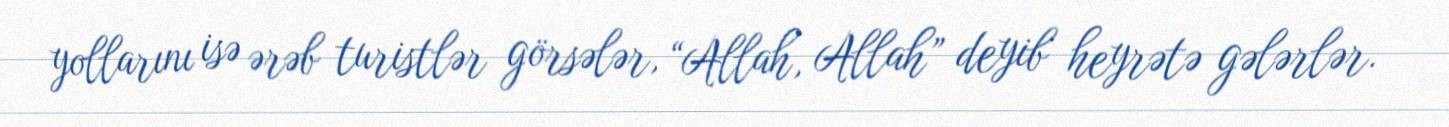
yollarını isə ərəb turistlər görsələr, “Allah, Allah” deyib heyrətə gələrlər.